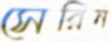
সেরিন